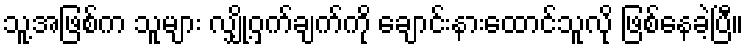
သူ့အဖြစ်က သူများ လျှို့ဝှက်ချက်ကို ချောင်းနားထောင်သူလို ဖြစ်နေခဲ့ပြီ။